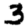
Digit: 3